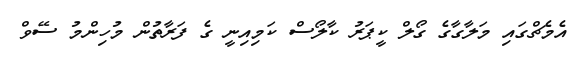
އެމެޗްގައި މަލާގާގެ ގޯލް ކީޕަރު ކާލޯސް ކަމިއިނީ ގެ ފަރާތުން މުހިންމު ސޭވް